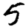
Digit: 5